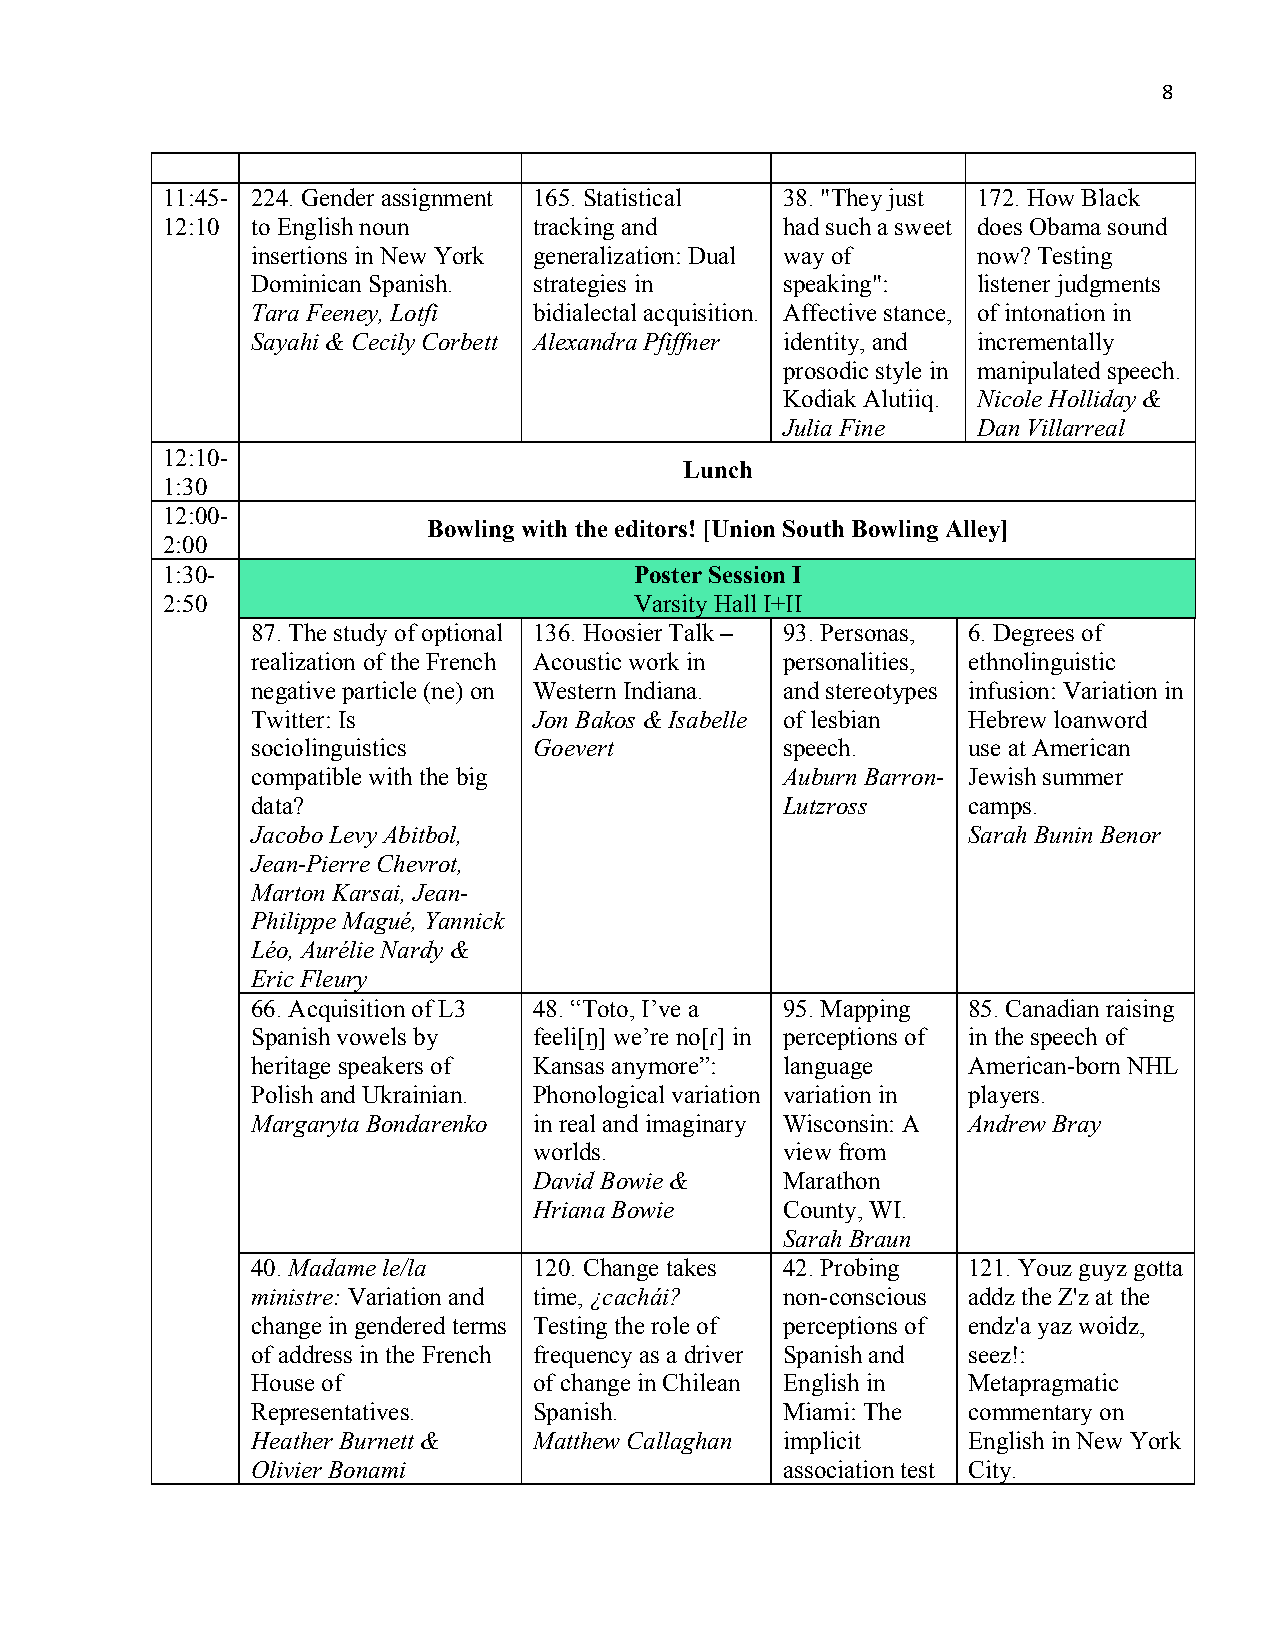
8
 11:45- 224. Gender assignment 165. Statistical 38. "They just 172. How Black
 12:10 to English noun   tracking and     had such a sweet does Obama sound
 insertions in New York generalization: Dual way of now? Testing
 Dominican Spanish. strategies in   speaking":   listener judgments
 Tara Feeney, Lotfi bidialectal acquisition. Affective stance, of intonation in
 Sayahi & Cecily Corbett Alexandra Pfiffner identity, and incrementally
 prosodic style in manipulated speech.
 Kodiak Alutiiq. Nicole Holliday &
 Julia Fine   Dan Villarreal
 12:10-
 Lunch
 1:30
 12:00-
 Bowling with the editors! [Union South Bowling Alley]
 2:00
 1:30-                          Poster Session I
 2:50                           Varsity Hall I+II
 87. The study of optional 136. Hoosier Talk – 93. Personas, 6. Degrees of
 realization of the French Acoustic work in personalities, ethnolinguistic
 negative particle (ne) on Western Indiana. and stereotypes infusion: Variation in
 Twitter: Is       Jon Bakos & Isabelle of lesbian Hebrew loanword
 sociolinguistics  Goevert          speech.     use at American
 compatible with the big            Auburn Barron- Jewish summer
 data?                              Lutzross    camps.
 Jacobo Levy Abitbol,                           Sarah Bunin Benor
 Jean-Pierre Chevrot,
 Marton Karsai, Jean-
 Philippe Magué, Yannick
 Léo, Aurélie Nardy &
 Eric Fleury
 66. Acquisition of L3 48. “Toto, I’ve a 95. Mapping 85. Canadian raising
 Spanish vowels by feeli[ŋ] we’re no[ɾ] in perceptions of in the speech of
 heritage speakers of Kansas anymore”: language American-born NHL
 Polish and Ukrainian. Phonological variation variation in players.
 Margaryta Bondarenko in real and imaginary Wisconsin: A Andrew Bray
 worlds.          view from
 David Bowie &    Marathon
 Hriana Bowie     County, WI.
 Sarah Braun
 40. Madame le/la  120. Change takes 42. Probing 121. Youz guyz gotta
 ministre: Variation and time, ¿cachái? non-conscious addz the Z'z at the
 change in gendered terms Testing the role of perceptions of endz'a yaz woidz,
 of address in the French frequency as a driver Spanish and seez!:
 House of          of change in Chilean English in Metapragmatic
 Representatives.  Spanish.         Miami: The  commentary on
 Heather Burnett & Matthew Callaghan implicit   English in New York
 Olivier Bonami                     association test City.